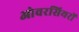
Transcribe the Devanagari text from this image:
ओवरसियरों